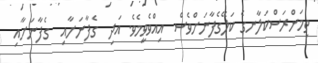
ތިމަންރަސްކަލާނގެ ކަލޭގެފާނަށްވެސް  އިއްވެވީމެވެ. އަދި  ގެފާނަށާއި  ގެފާނަށާއި